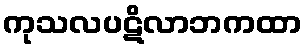
ကုသလပဋိလာဘကထာ